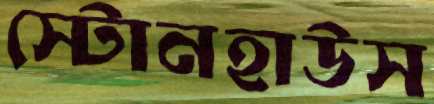
স্টোনহাউস